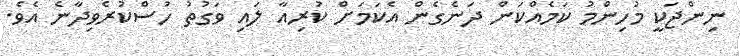
ނިންޖަކީ މުހިންމު ކަމެއްކަން ދަނެގެން އެކަމަށް ކުރިއާ ލައި ވަގުތު ހުސްކުރެވިދާނެ އެވެ.